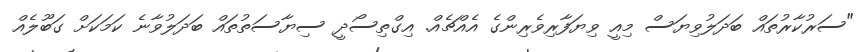
"ސަރުކާރުތައް ބަދަލުވިޔަސް މިއީ ވިޔަފާރިވެރިންގެ އެއްޗެއް. އިގްތިސޯދީ ސިޔާސަތުތައް ބަދަލުވާނެ ކަމަކަށް ގަބޫލެއް